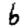
Digit: 6